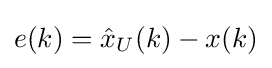
e(k)={\hat {x}}_{U}(k)-x(k)